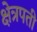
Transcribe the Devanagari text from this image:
क्षेत्रपती